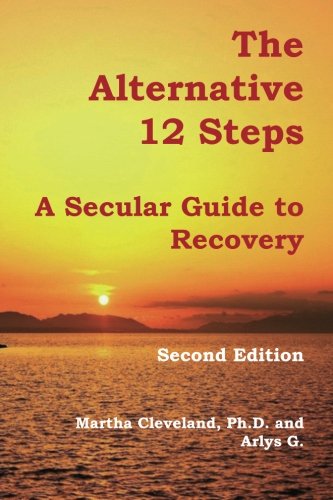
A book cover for The Alternative 12 Steps: A Secular Guide To Recovery; Martha Cleveland; Health, Fitness & Dieting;